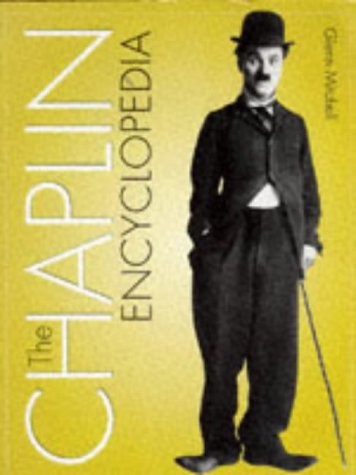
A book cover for Chaplin Encyclopedia; Glenn Mitchell; Humor & Entertainment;